Vaccine operations Central Provinces & Berar 1912-1920 - 1912-1920
Year: 1912
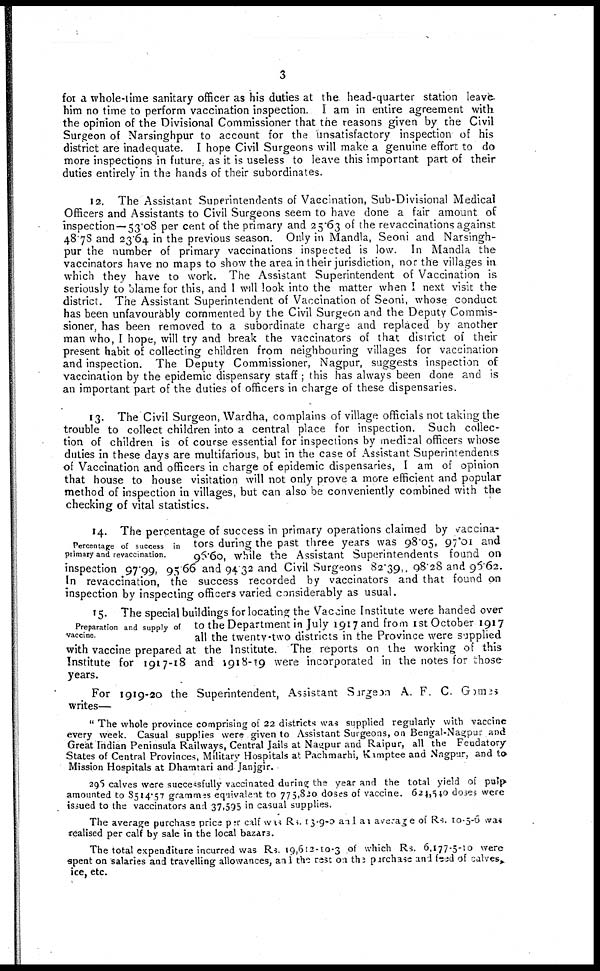
3
for a whole-time sanitary officer as his duties at the head-quarter station leave
him no time to perform vaccination inspection. I am in entire agreement with
the opinion of the Divisional Commissioner that the reasons given by the Civil
Surgeon of Narsinghpur to account for the unsatisfactory inspection of his
district are inadequate. I hope Civil Surgeons will make a genuine effort to do
more inspections in future, as it is useless to leave this important part of their
duties entirely in the hands of their subordinates.
12. The Assistant Superintendents of Vaccination, Sub-Divisional Medical
Officers and Assistants to Civil Surgeons seem to have done a fair amount of
inspection—53.08 per cent of the primary and 25.63 of the revaccinations against
48.78 and 23.64 in the previous season. Only in Mandla, Seoni and Narsingh-
pur the number of primary vaccinations inspected is low. In Mandla the
vaccinators have no maps to show the area in their jurisdiction, nor the villages in
which they have to work. The Assistant Superintendent of Vaccination is
seriously to blame for this, and I will look into the matter when I next visit the
district. The Assistant Superintendent of Vaccination of Seoni, whose conduct
has been unfavourably commented by the Civil Surgeon and the Deputy Commis-
sioner, has been removed to a subordinate charge and replaced by another
man who, I hope, will try and break the vaccinators of that district of their
present habit of collecting children from neighbouring villages for vaccination
and inspection. The Deputy Commissioner, Nagpur, suggests inspection of
vaccination by the epidemic dispensary staff; this has always been done and is
an important part of the duties of officers in charge of these dispensaries.
13. The Civil Surgeon, Wardha, complains of village officials not taking the
trouble to collect children into a central place for inspection. Such collec-
tion of children is of course essential for inspections by medical officers whose
duties in these days are multifarious, but in the case of Assistant Superintendents
of Vaccination and officers in charge of epidemic dispensaries, I am of opinion
that house to house visitation will not only prove a more efficient and popular
method of inspection in villages, but can also be conveniently combined with the
checking of vital statistics.
Percentage of success in
primary and revaccination.
14. The percentage of success in primary operations claimed by vaccina-
tors during the past three years was 98.05, 97.01 and
96.60, while the Assistant Superintendents found on
inspection 97.99, 95.66 and 94.32 and Civil Surgeons 82.39,. 98.28 and 96.62.
In revaccination, the success recorded by vaccinators and that found on
inspection by inspecting officers varied considerably as usual.
Preparation and supply of
vaccine
15. The special buildings for locating the Vaccine Institute were handed over
to the Department in July 1917 and from 1st October 1917
all the twenty-two districts in the Province were supplied
with vaccine prepared at the Institute. The reports on the working of this
Institute for 1917-18 and 1918-19 were incorporated in the notes for those
years.
For 1919-20 the Superintendent, Assistant Surgeon A. F. C. Games
writes—
" The whole province comprising of 22 districts was supplied regularly with vaccine
every week. Casual supplies were given to Assistant Surgeons, on Bengal-Nagpur and
Great Indian Peninsula Railways, Central Jails at Nagpur and Raipur, all the Feudatory-
States of Central Provinces, Military Hospitals at Pachmarhi, Kamptee and Nagpur, and to
Mission Hospitals at Dhamtari and Janjgir.
296 calves were successfully vaccinated during the year and the total yield of pulp
amounted to 8514.57 grammes equivalent to 775,820 doses of vaccine. 624,540 doses were
issued to the vaccinators and 37,595 in casual supplies.
The average purchase price per calf was Rs. 13-9-0 and an average of Rs. 10-5-6 was
realised per calf by sale in the local bazars.
The total expenditure incurred was Rs. 19,612-10-3 of which Rs. 6,177-5-10 were
spent on salaries and travelling allowances, and the rest on the purchase and feed of calves,
ice, etc.